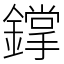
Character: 鐣